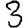
Digit: 3